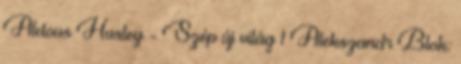
Aldous Huxley - Szép új világ 1 Alekszandr Blok: